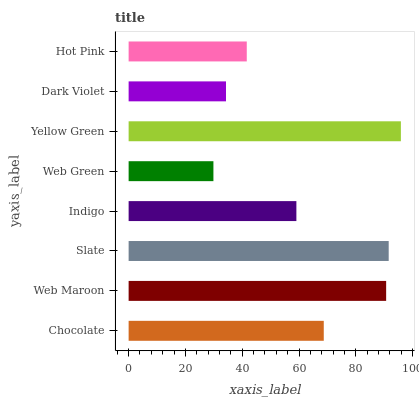
| yaxis_label | bars |
 | --- | --- |
 | Chocolate | 68.7 |
 | Web Maroon | 90.7 |
 | Slate | 91.6 |
 | Indigo | 59.1 |
 | Web Green | 29.9 |
 | Yellow Green | 95.9 |
 | Dark Violet | 34.3 |
 | Hot Pink | 41.6 |